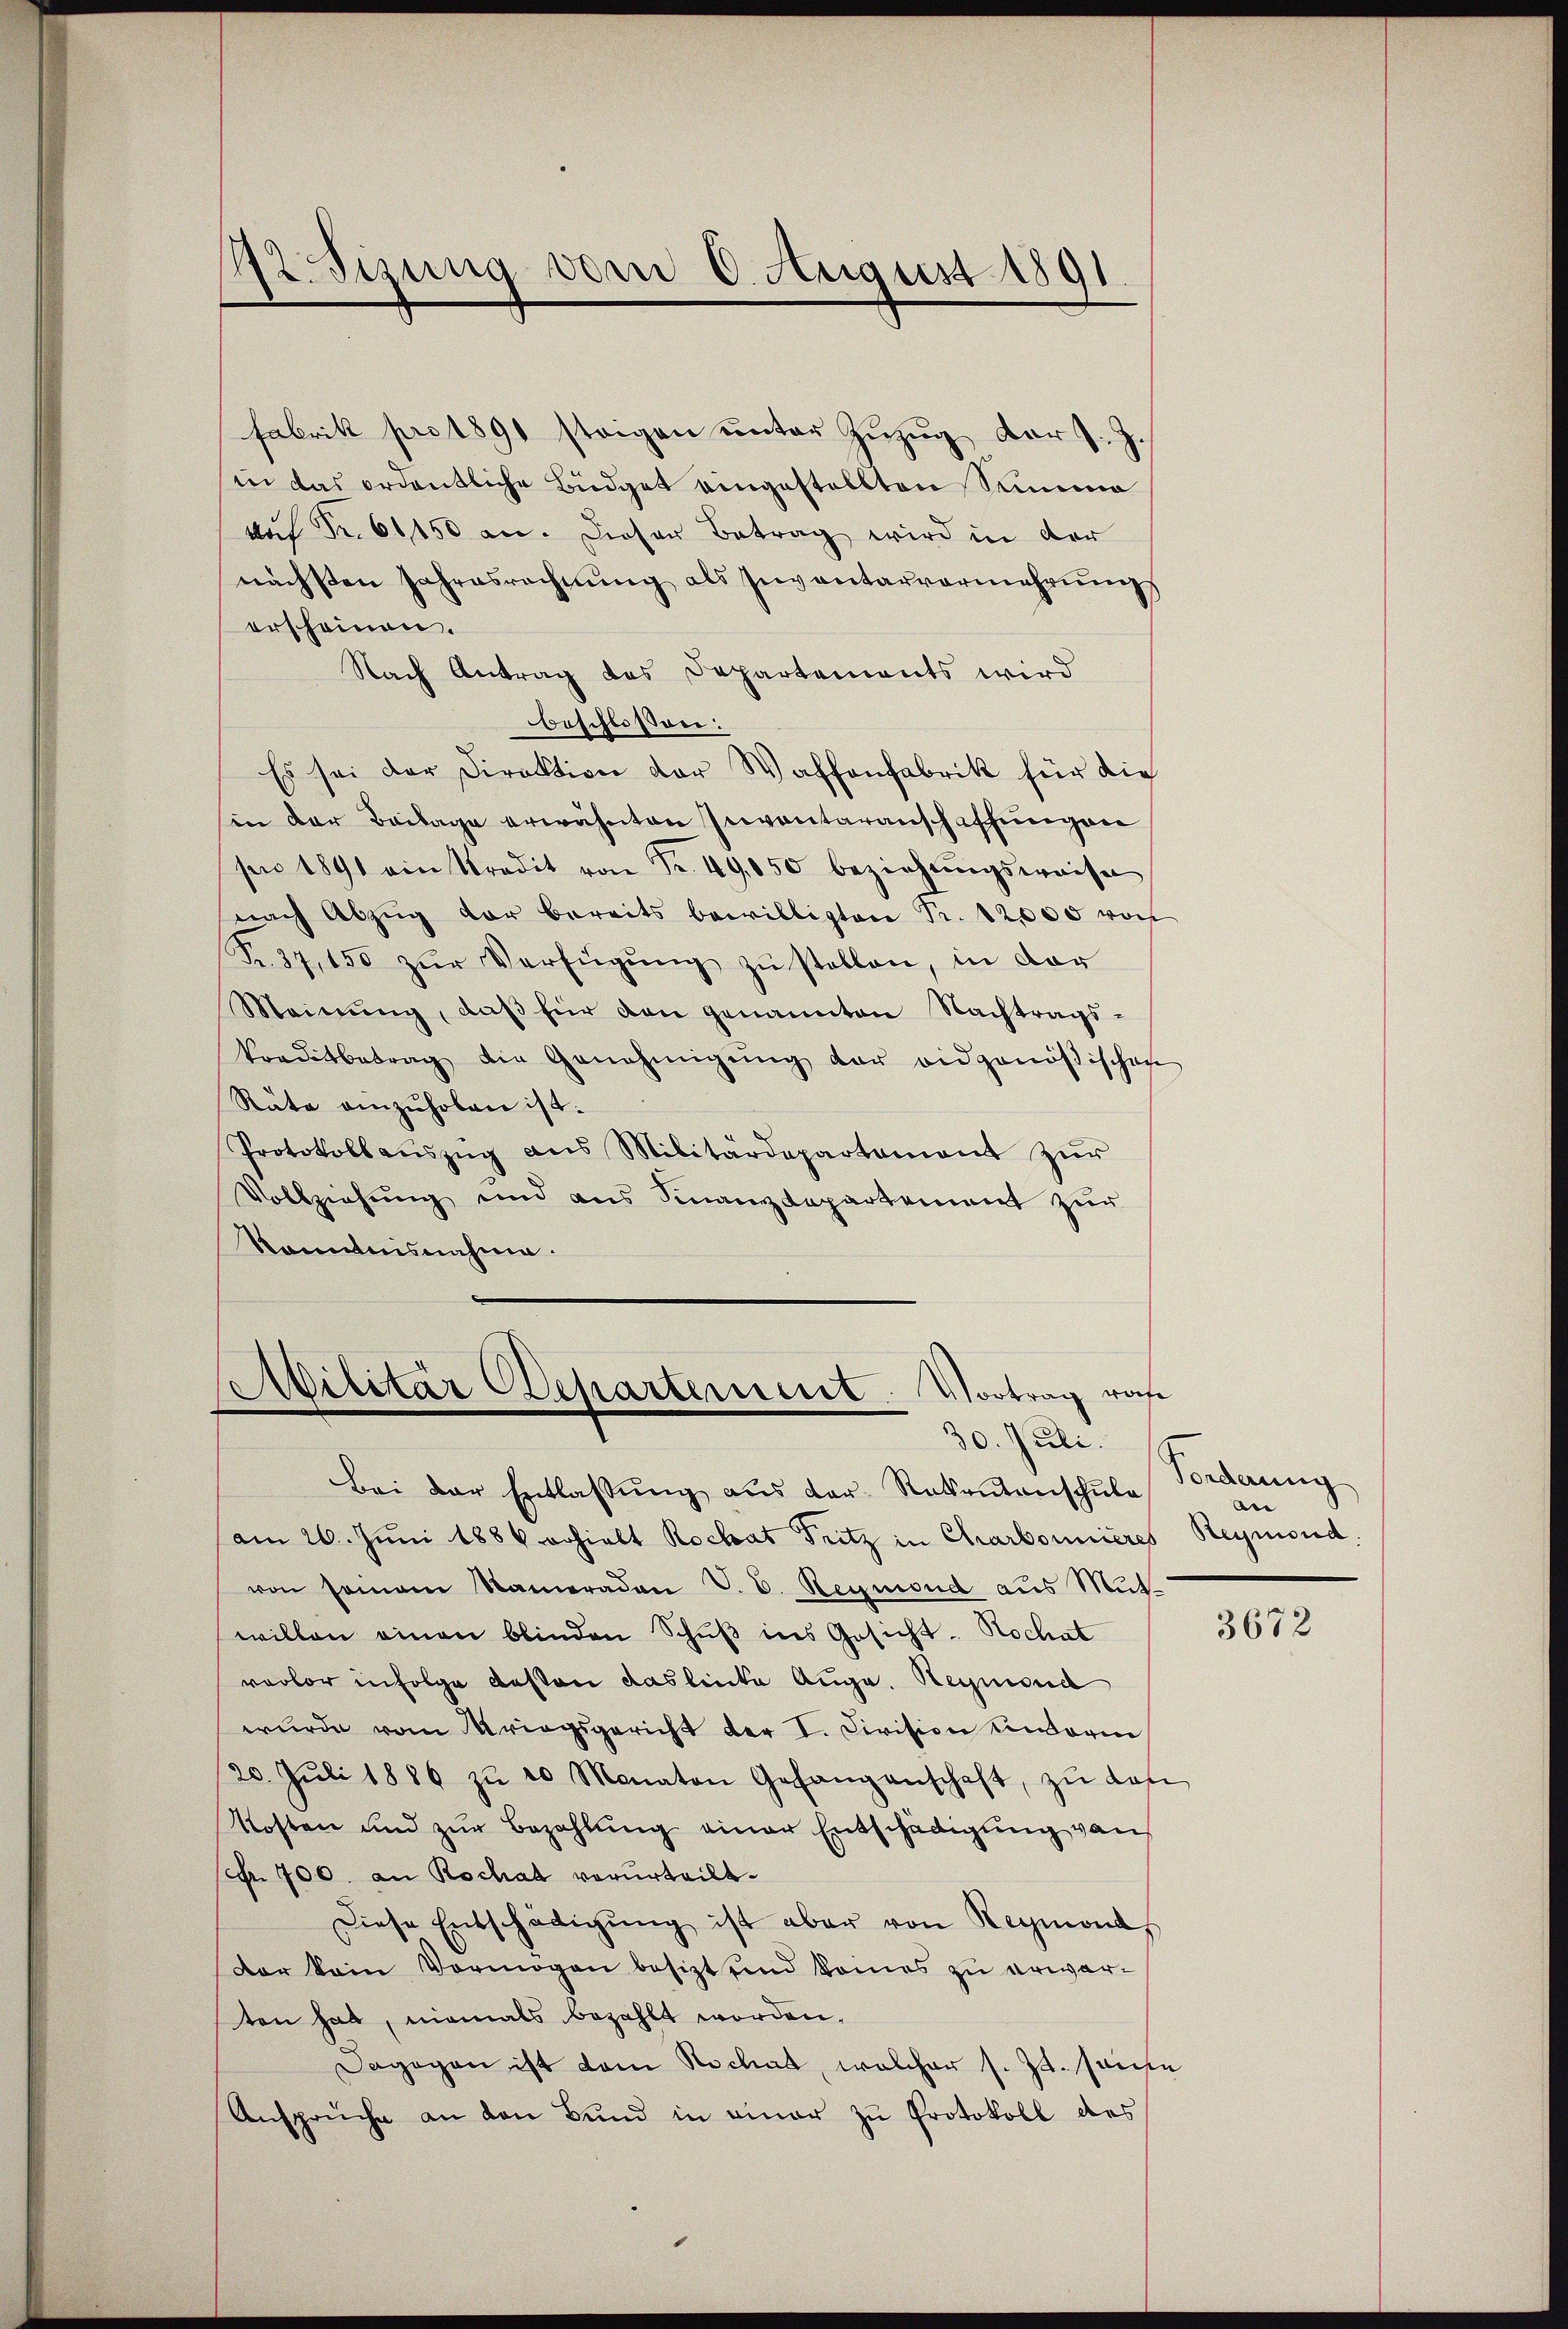
12. Sizung vom 6. August 1891.

fabrik pro 1891 steigen unter Zŭzŭg der J. J.
in das ordentliche Büdget eingestellten Simme
of Fr. 61150 an. Dieser Betrag wird in der
nächsten Jahresrechnung als Inventarvermehrungs
erscheinen.
Nach Antrag des Departements wird
beschlossen:
Es sei der Direktion der Waffenfabrik für die
sin der Beilage erwähnten Inventaranschaffungen
pro 1891 ein Kredit von Fr. 49,050 beziehŭngsweise
nach Abzŭg der bereits bewilligten Fr. 12,000 von
Fr. 37,150 zŭr Verfügŭng zŭ stellen, in der
Meinŭng, daβ für den genannten Nachtrags-
Traditbetrag die Genehmigŭng der eidgenößischen
Räte einzuholen ist.
Protokollaŭszŭg aŭs Militärdepartement zŭr
Vollziehung und aus Finanzdepartement zŭr
Kenntnisnahme.

Militär Departement. Vortrag rohe
30. Juli.

Bei der Entlassung aus der Ratentanischule
am 26. Juni 1886 erhielt Rochat Fritz in Charbonnieres Reymond.
von seinem Kameraden V. D. Reymond aus Mut-
willen einen blinden Schŭβ ins Gesicht - Rochat
verlor infolge dessen das linke Auge. Reymond
wurde vom Kriegsgericht der I. Civision endarm
20. Jŭli 1886 zŭ 10 Monaten Gefangenschaft, zŭ des
Kosten und zŭr Bezahlung einer Entschädigung von
scr. 700. an Rochas verurteilt.
Diese Entschädigŭng ist aber von Reymond
dar kein Vermögen besizt und keines zu erwarten hat, niemals bezahlt worden,
Dagegen ist dem Nachat, welcher s. Zt. sanse
Ansprüche an den Bund in einer zu Protokoll des

Forderung
e

3672